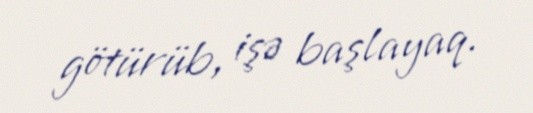
götürüb, işə başlayaq.